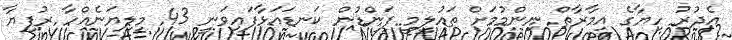
އެދުރު ހިޔާގެ އިމާރާތް ނިންމުމަށް ތައުލީމީ ފަންޑުން ކަނޑައަޅާފައިވަނީ 43 މިލިޔަނެއްހާ ރުފިޔާ